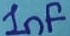
Text: 1nf